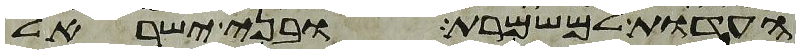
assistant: העדות למשמרת ובני ישראל